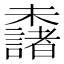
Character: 𣠖